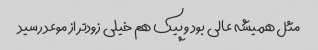
مثل همیشه عالی بود و پیک هم خیلی زودتر از موعد رسید